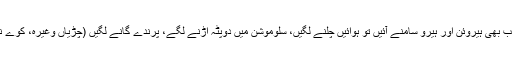
)، جب بھی ہیروئن اور ہیرو سامنے آئیں تو ہوائیں چلنے لگیں، سلوموشن میں دوپٹہ اڑنے لگے، پرندے گانے لگیں (چڑیاں وغیرہ، کوّے نہیں!